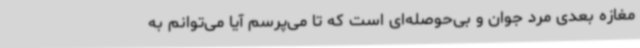
مغازه بعدی مرد جوان و بی‌حوصله‌ای است که تا می‌پرسم آیا می‌توانم به